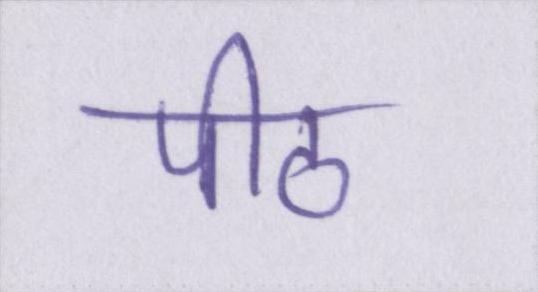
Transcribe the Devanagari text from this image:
पीठ